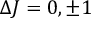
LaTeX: \Delta J = 0 , \pm 1